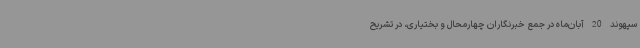
سپهوند 20 آبان‌ماه در جمع خبرنگاران چهارمحال و بختیاری، در تشریح